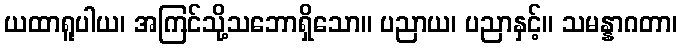
ယထာရူပါယ၊ အကြင်သို့သဘောရှိသော။ ပညာယ၊ ပညာနှင့်။ သမန္နာဂတာ၊